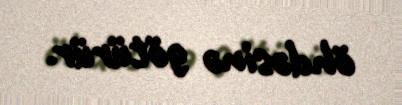
öhdəsinə götürür.